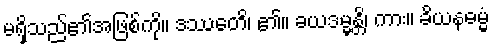
မရှိသည်၏အဖြစ်ကို။ ဒဿေတိ၊ ၏။ ခယဒမ္မန္တိ၊ ကား။ ခိယနဓမ္မံ